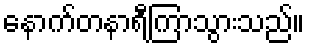
နောက်တနာရီကြာသွားသည်။